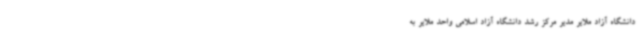
دانشگاه آزاد ملایر مدیر مرکز رشد دانشگاه آزاد اسلامی واحد ملایر به